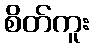
စိတ်ကူး